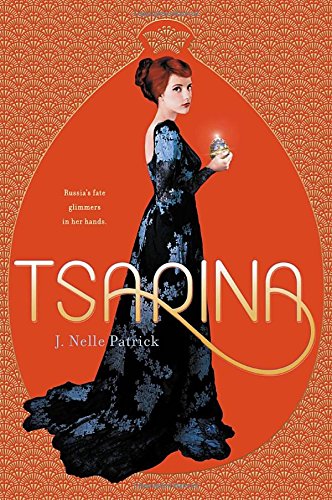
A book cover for Tsarina; J. Nelle Patrick; Teen & Young Adult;